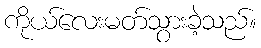
ကိုယ်လေးမတ်သွားခဲ့သည်။